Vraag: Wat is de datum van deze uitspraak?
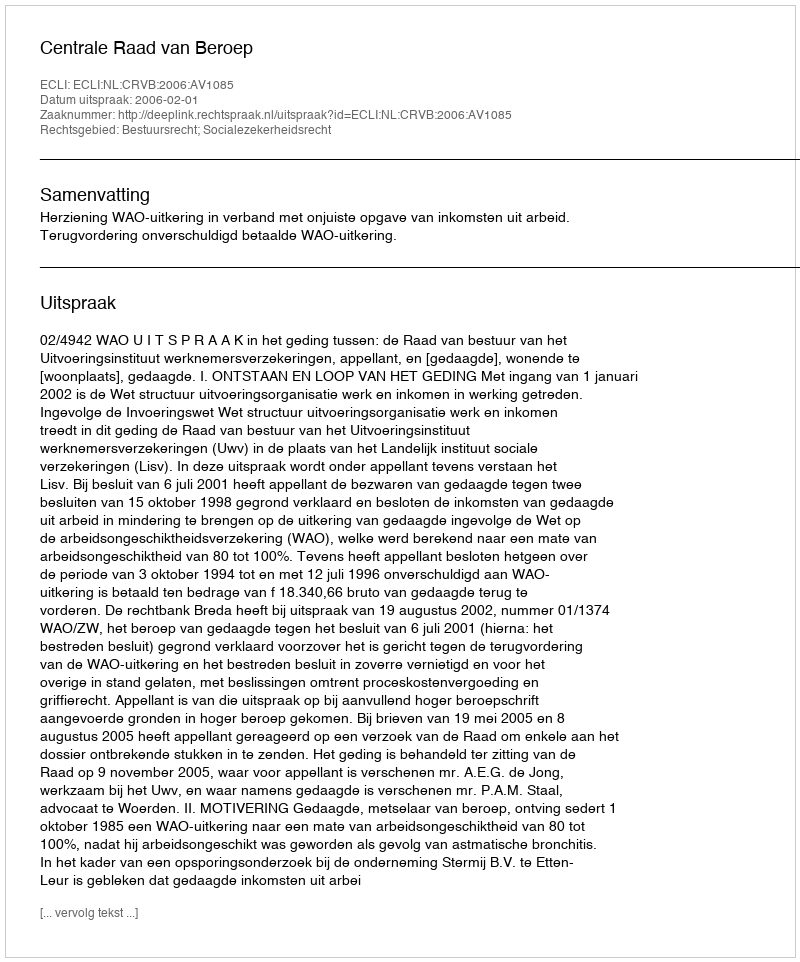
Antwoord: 2006-02-01